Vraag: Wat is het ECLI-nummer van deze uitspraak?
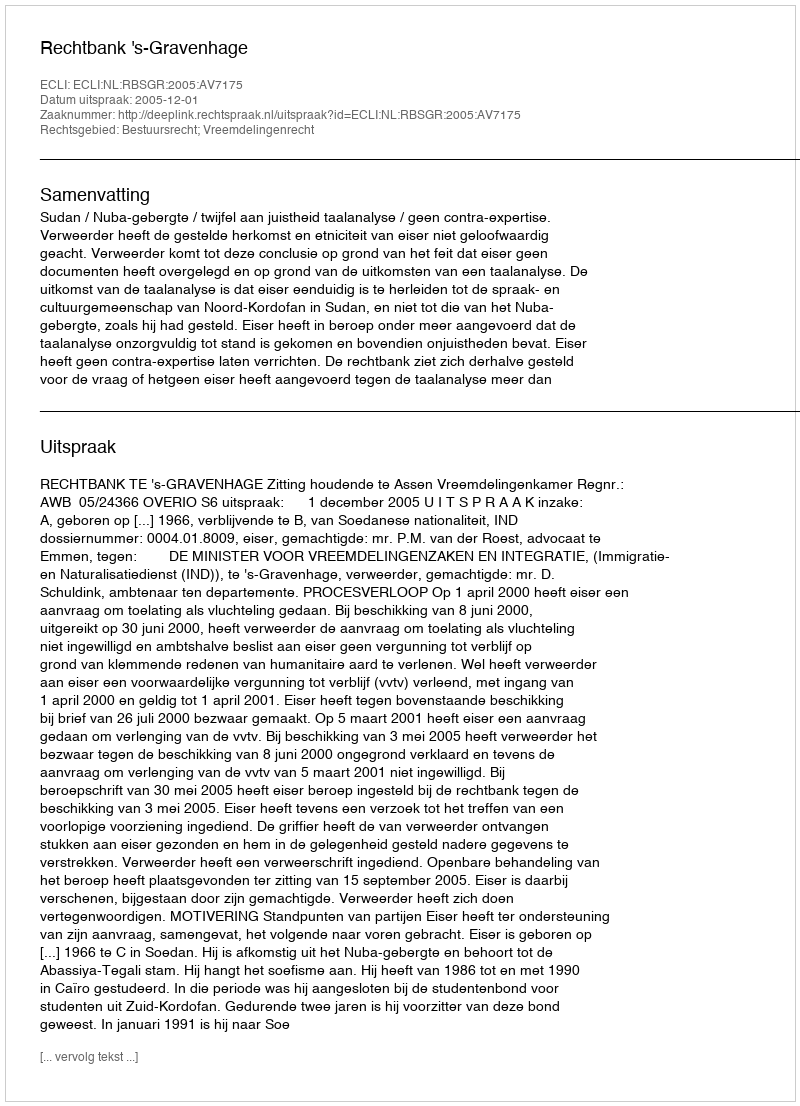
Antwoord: ECLI:NL:RBSGR:2005:AV7175